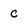
Character: c